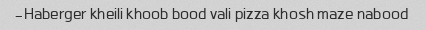
Haberger kheili khoob bood vali pizza khosh maze nabood-